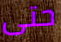
حتى